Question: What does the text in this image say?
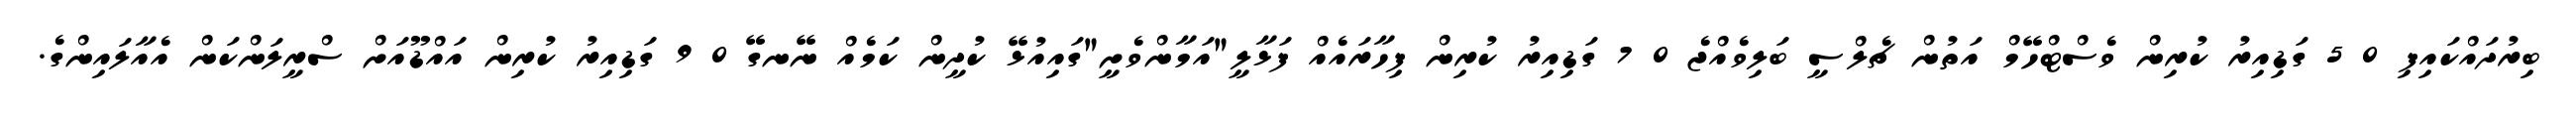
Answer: ބިރުދައްކައިފި 0 5 ގަޑިއިރު ކުރިން ވެސްޓްހޭމް އަތުން ޗެލްސީ ބަލިވެއްޖެ 0 7 ގަޑިއިރު ކުރިން ފިހާރައެއް ފަޅާލީ"އަމާންވެށީ"ގައިއުޅޭ ކުދީން ކަމެއް ނޭނގޭ 0 9 ގަޑިއިރު ކުރިން އައްޑޫއަށް ސްރީލަންކަން އެއާލައިންގެ.